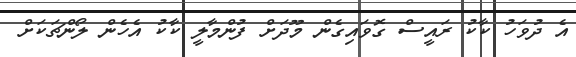
އެ ދުވަހު ކާކު ރައީސް ގޮވައިގެން މޫދަށް ފުންމާލީ ކާކު އެހެން ލޯންޗަކަށް